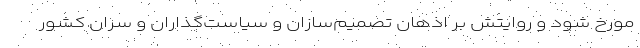
مورخ شود و روایتش بر اذهان تصمیم‌سازان و سیاست‌گذاران و سران کشور